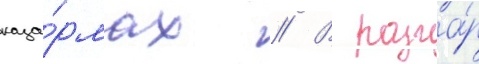
каза́рмах // В разга́р